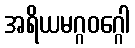
အရိယမဂ္ဂဝဂ္ဂေါ